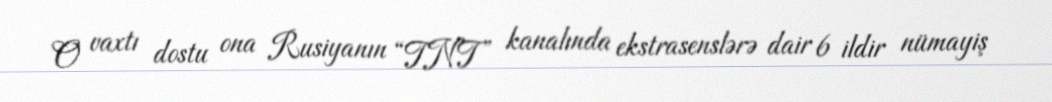
O vaxtı dostu ona Rusiyanın “TNT” kanalında ekstrasenslərə dair 6 ildir nümayiş